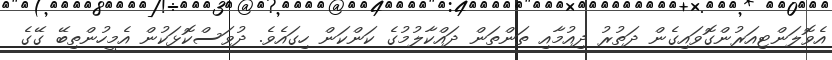
އެވޮލަންޓިއަރުންގޮވައިގެން ދަތުރު ދިއުމާއި ތަންތަން ދައްކާލުމުގެ ކަންކަން ހިގައެވެ. ދުވަސްކޮޅަކުން އެމީހުންތިބޭ ގޭގެ